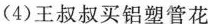
(4)王叔叔买铝塑管花